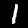
Digit: 1